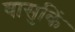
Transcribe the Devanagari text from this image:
वासुकिं